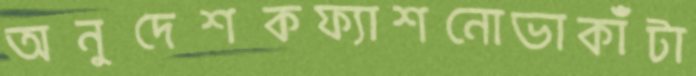
অনুদেশকফ্যাশনোভাকাঁটা